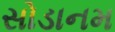
સોડાનમ